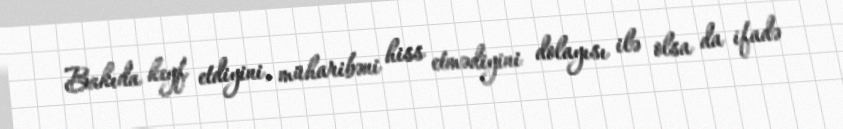
Bakıda keyf etdiyini, müharibəni hiss etmədiyini dolayısı ilə olsa da ifadə